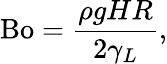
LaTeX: \mathrm{Bo}=\frac{\rho gHR}{2\gamma_{L}},